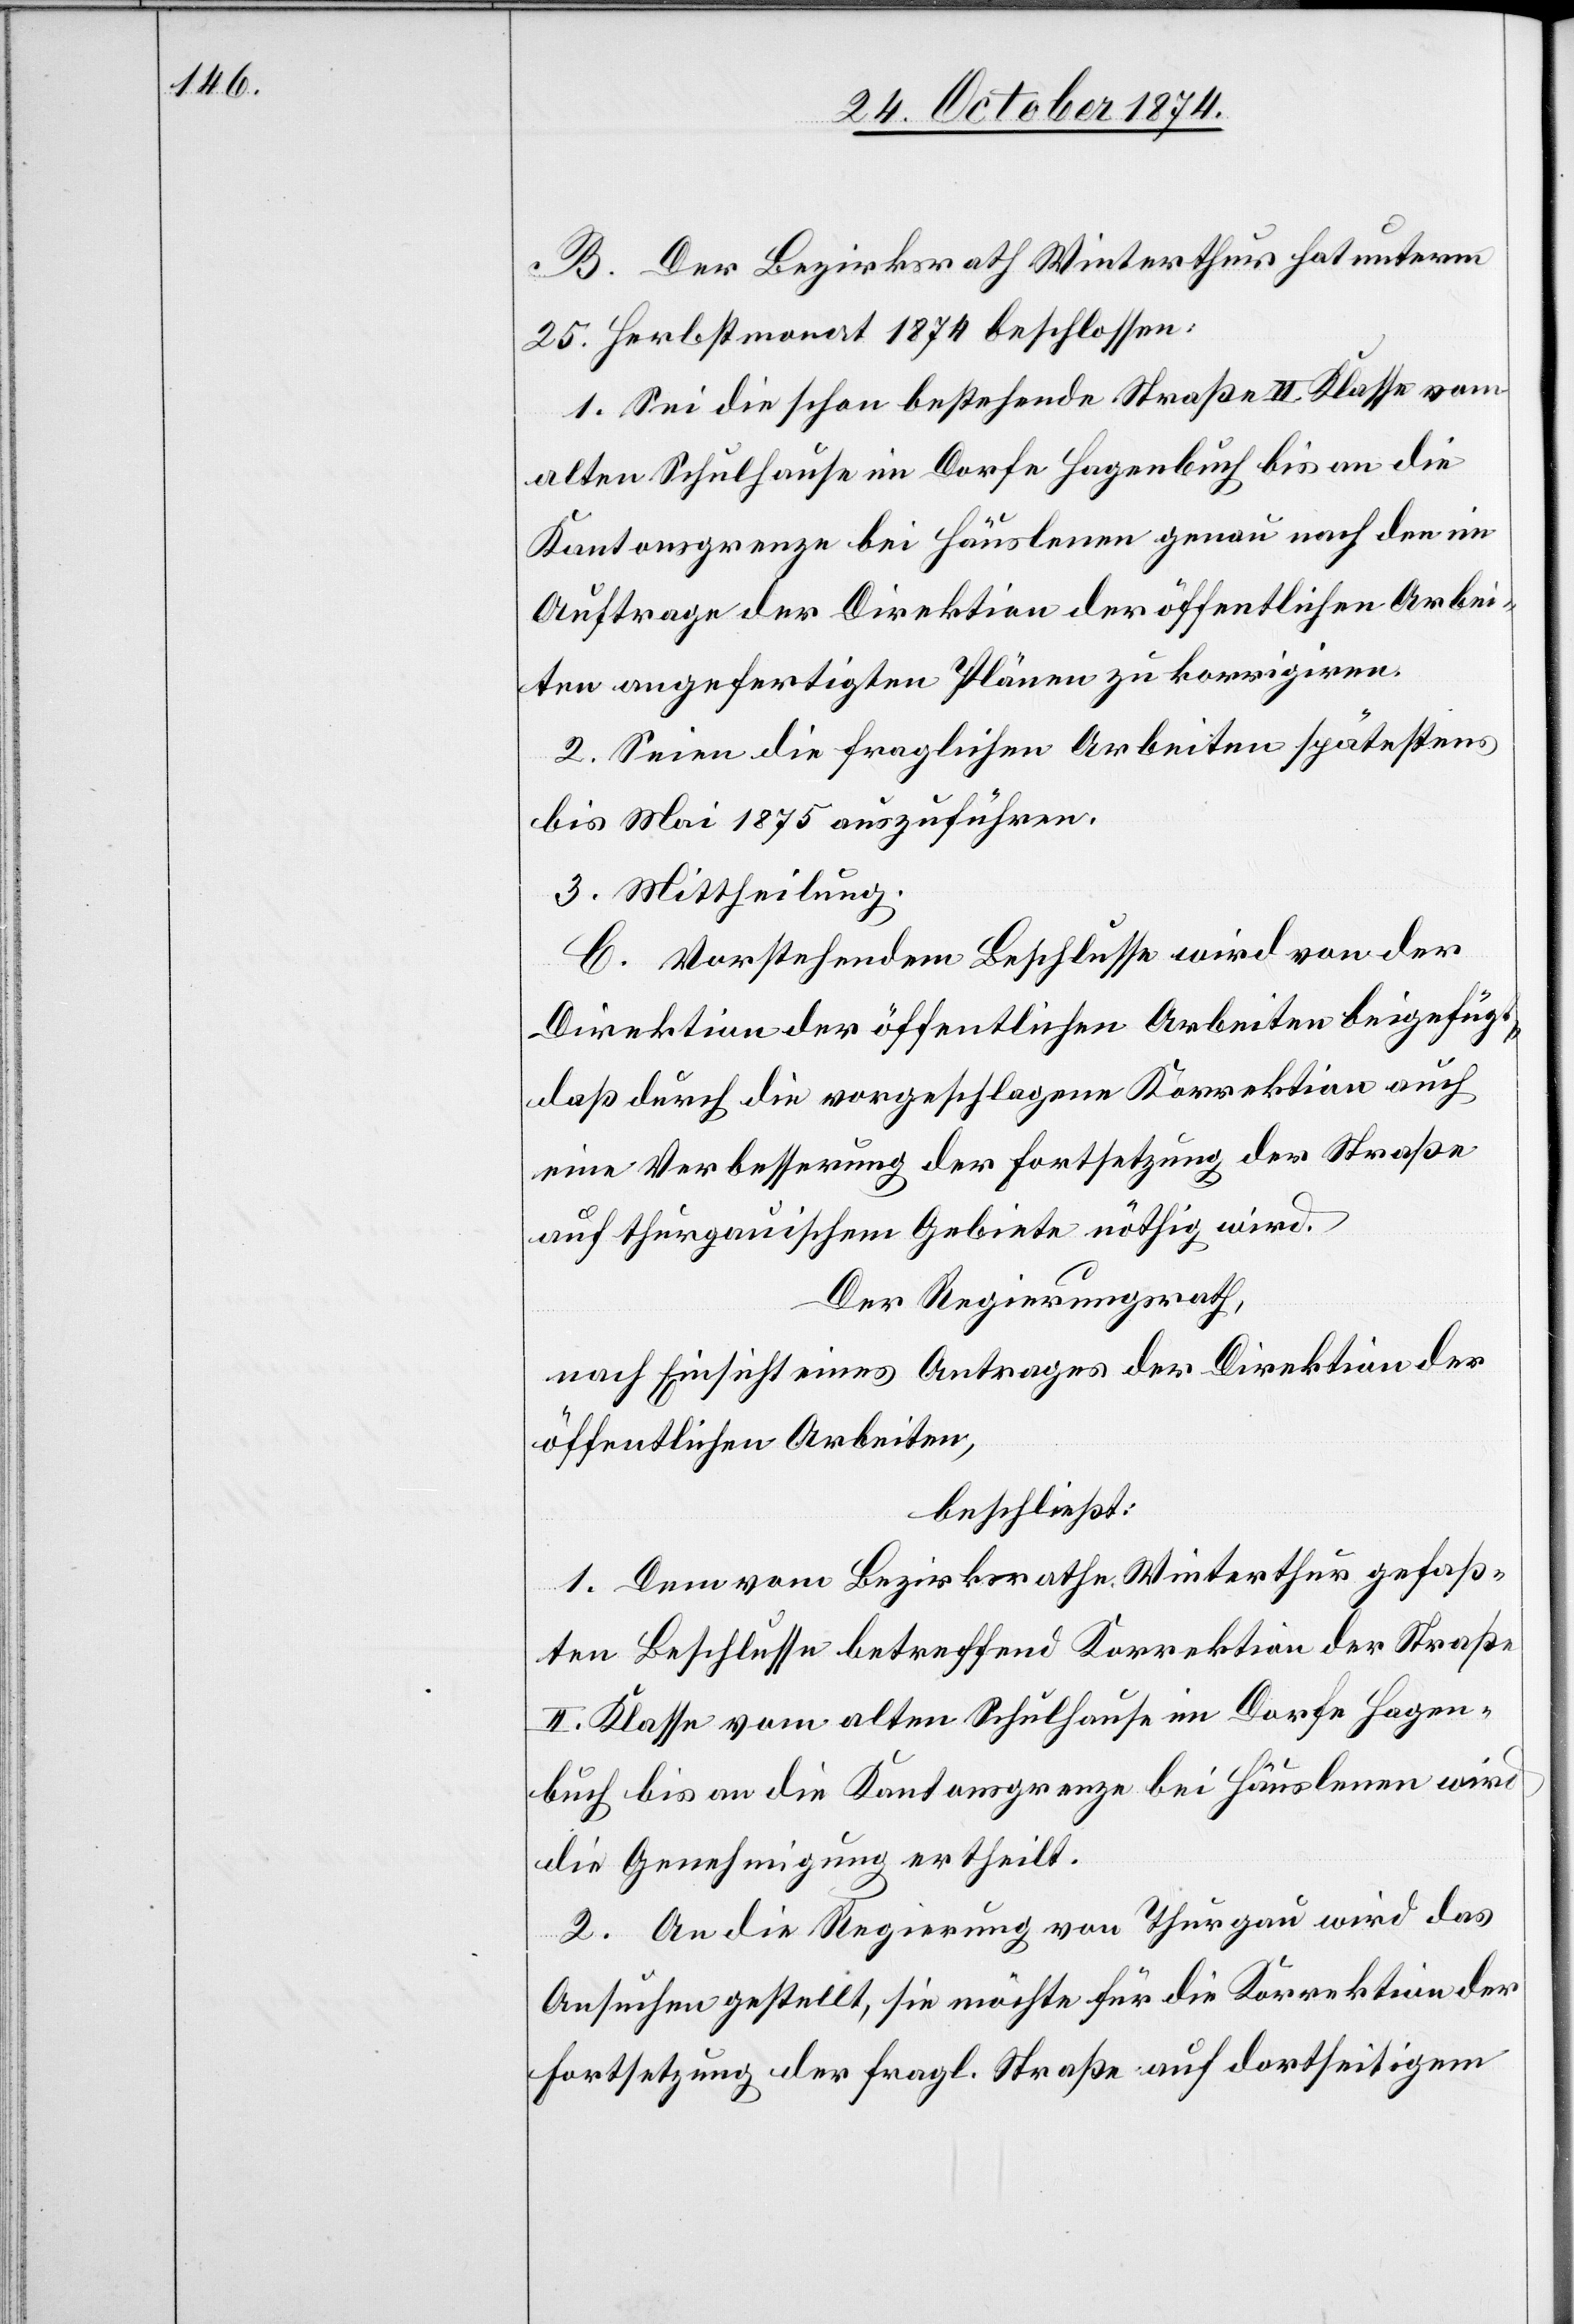
B. Der Bezirksrath Winterthur hat unterm
25. Herbstmonat 1874 beschlossen:
1. Sei die schon bestehende Straße II. Klasse vom
alten Schulhause im Dorfe Hagenbuch bis an die
Kantonsgrenze bei Häuslenen genau nach den im
Auftrage der Direktion der öffentlichen Arbei¬
ten angefertigten Plänen zu korrigiren.
2. Seien die fraglichen Arbeiten spätestens
bis Mai 1875 auszuführen.
3. Mittheilung.
C. Vorstehendem Beschlusse wird von der
Direktion der öffentlichen Arbeiten beigefügt,
daß durch die vorgeschlagene Korrektion auch
eine Verbesserung der Fortsetzung der Straße
auf thurgauischem Gebiete nöthig wird.
Der Regierungsrath,
nach Einsicht eines Antrages der Direktion der
öffentlichen Arbeiten,
beschließt:
1. Dem vom Bezirksrathe Winterthur gefaß¬
ten Beschlusse betreffend Korrektion der Straße
II. Klasse vom alten Schulhause im Dorfe Hagen¬
buch bis an die Kantonsgrenze bei Häuslenen wird
die Genehmigung ertheilt.
2. An die Regierung von Thurgau wird das
Ansuchen gestellt, sie möchte für die Korrektion der
Fortsetzung der fragl. Straße auf dortseitigem